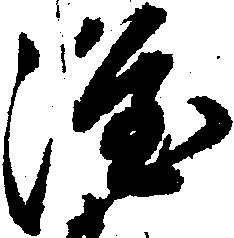
隆